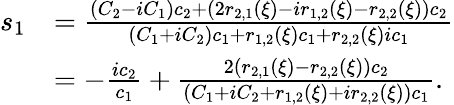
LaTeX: \begin{array}{rl}{s_{1}}&{=\frac{(C_{2}-iC_{1})c_{2}+(2r_{2,1}(\xi)-ir_{1,2}(\xi)-r_{2,2}(\xi))c_{2}}{(C_{1}+iC_{2})c_{1}+r_{1,2}(\xi)c_{1}+r_{2,2}(\xi)ic_{1}}}\\ &{=-\frac{ic_{2}}{c_{1}}+\frac{2(r_{2,1}(\xi)-r_{2,2}(\xi))c_{2}}{(C_{1}+iC_{2}+r_{1,2}(\xi)+ir_{2,2}(\xi))c_{1}}.}\end{array}